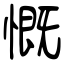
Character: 慨